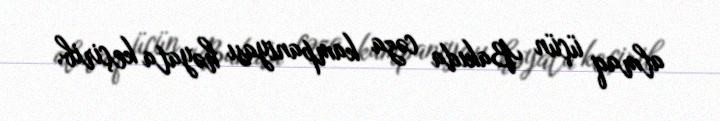
almaq üçün Bakıda cəza kampaniyası həyata keçirib.